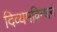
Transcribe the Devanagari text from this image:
दिव्यमविन्धनं